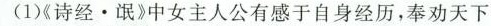
(1)《诗经。氓》中女主人公有感于自身经历，奉劝天下